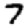
Digit: 7